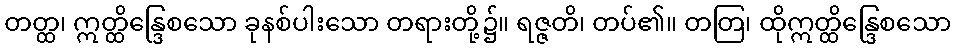
တတ္ထ၊ ဣတ္ထိန္ဒြေစသော ခုနစ်ပါးသော တရားတို့၌။ ရဇ္ဇတိ၊ တပ်၏။ တတြ၊ ထိုဣတ္ထိန္ဒြေစသော